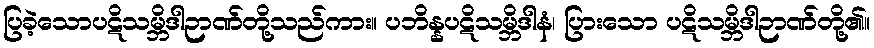
ပြခဲ့သောပဋိသမ္ဘိဒါဉာဏ်တို့သည်ကား။ ပဘိန္နပဋိသမ္ဘိဒါနံ၊ ပြားသော ပဋိသမ္ဘိဒါဉာဏ်တို့၏။